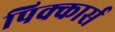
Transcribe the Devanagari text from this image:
पिक्कार्स